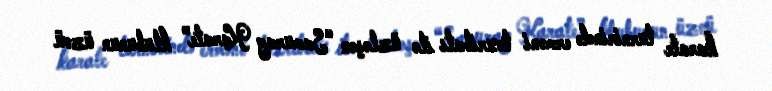
karate turnirində erməni təxribatı ilə üzləşən “Samuray Karate” klubunun üzvü